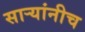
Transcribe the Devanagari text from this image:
सार्‍यांनीच